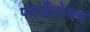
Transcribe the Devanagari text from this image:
फाऊँडेशन